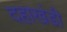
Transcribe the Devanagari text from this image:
दहाखंडी